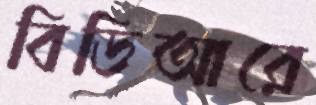
বিডিআরে